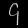
Digit: ၄